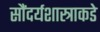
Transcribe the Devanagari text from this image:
सौंदर्यशास्त्राकडे